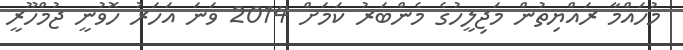
މުހައްމާ ރައްޔިތުން މަޖިލީހުގެ މެންބަރު ކަމަށް 2014 ވަނަ އަހަރު ހޮވުނީ ޖުމްހޫރީ